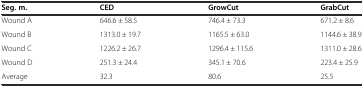
| Seg. m. | CED | GrowCut | GrabCut |
 | --- | --- | --- | --- |
 | Wound A | 646.6 ± 58.5 | 746.4 ± 73.3 | 671.2 ± 8.6 |
 | Wound B | 1313.0 ± 19.7 | 1165.5 ± 63.0 | 1144.6 ± 38.9 |
 | Wound C | 1226.2 ± 26.7 | 1296.4 ± 115.6 | 1311.0 ± 28.6 |
 | Wound D | 251.3 ± 24.4 | 345.1 ± 70.6 | 223.4 ± 25.9 |
 | Average | 32.3 | 80.6 | 25.5 |